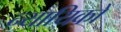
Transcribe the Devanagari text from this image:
न्यायिकों